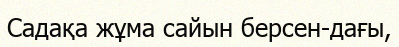
Садақа жұма сайын берсен-дағы,